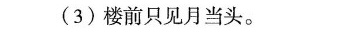
(3)楼前只见月当头。